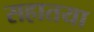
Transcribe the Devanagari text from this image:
सहातया